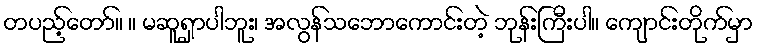
တပည့်တော်။ ။ မဆူရှာပါဘူး၊ အလွန်သဘောကောင်းတဲ့ ဘုန်းကြီးပါ။ ကျောင်းတိုက်မှာ